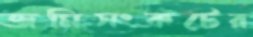
জমিসংকটের